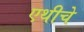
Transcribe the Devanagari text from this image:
एथीचे